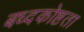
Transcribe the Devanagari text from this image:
बध्दकोष्टता